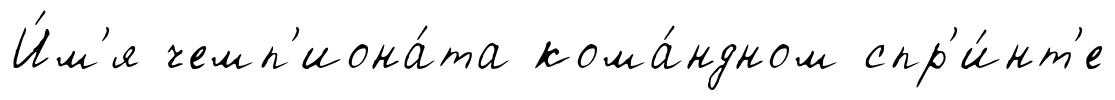
И́м'я чемп'иона́та кома́ндном спр'и́нт'е